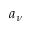
a _ { \nu }